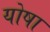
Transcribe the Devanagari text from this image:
योषा